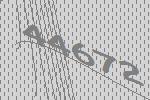
44672